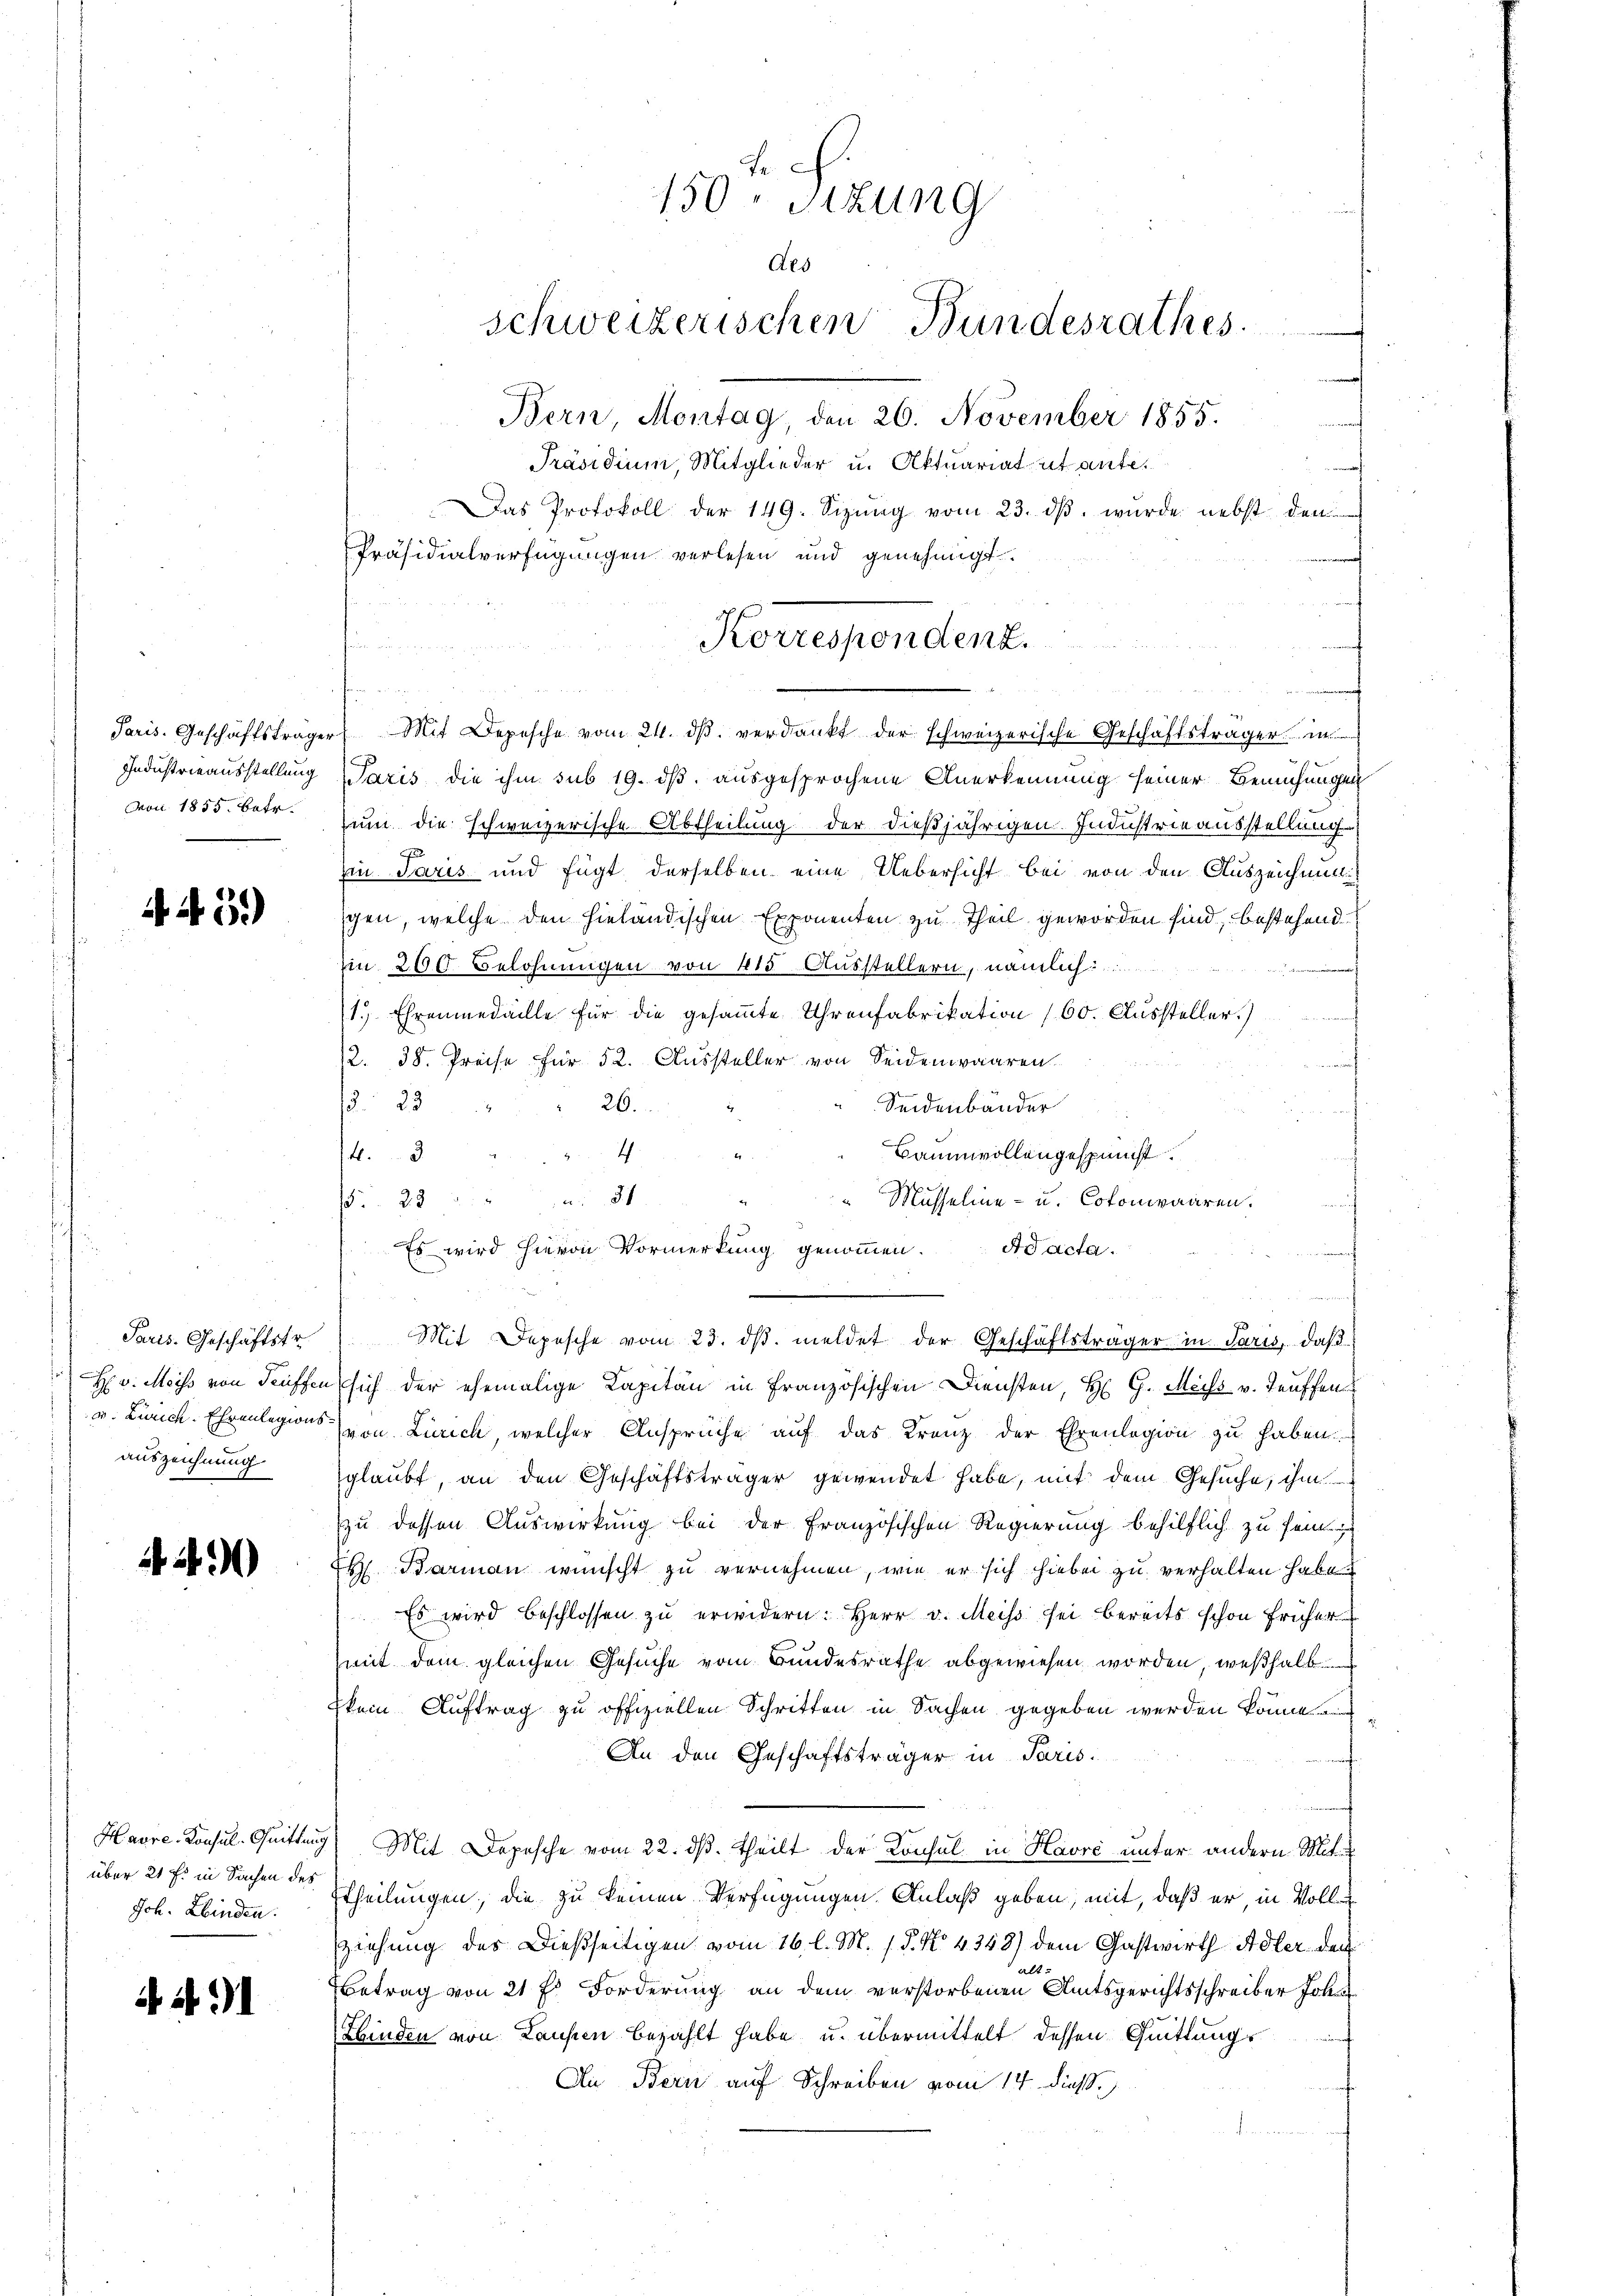
Paris. Geschäftsträge
Industrieausstellung
von 1855. betr.

N. 3.)

Paris. Geschäftstr.
H. v. Meiss von Teuffen
v. Zürich. Ehrenlegions
auszeichnung

2)

Havre-Konsul-Quittun
über 21 f. in Sachen des
Jch. Ebinden.

Ai 91

t
150. Sitzung
Als
schweizerischen Bundesrathes.
Bern, Montag, den 26. November 1855.
Präsidium, Mitglieder u. Aktuariatutante¬

Das Protokoll der 149. Sizŭng vom 23. dβ. wurde nebst den
Präsidialverfügungen verlesen und genehmigt.

Korrespondenz.

din un
Mit Depesche vom 24. ds. verdankt der schweizerische Geschäftsträger in
Paris die ihm sub 19. ds. ausgesprochene Anerkennung seiner Bemühungen
zum die schweizerische Abtheilung der dießjährigen. Industrieausstellung
Ein Paris und fügt derselben eine Uebersicht bei von den Auszeichnun
gen, welche den hinländischen Exponenten zu Theil geworden sind, bestehend
n 200 Belohnungen von 415 Ausstellern, nämlich
1.) Ehrenmedaille für die gesammte Uhrenfabrikation 160. Aussteller.)
12. 38. Preise für 52. Aussteller von Seidenwaaren
 23
26.
Seidenbänder
Baumwollengespunst.
4.3
2
Musseline- u. Cotoniwaaren.
 23 " " 31
sich der ehemalige Kapitän in Französischen Diensten, H. G. Meiss v. Teuffen
von Zürich, welcher Ansprüche auf das Kranz der Ehrenlegion zu haben.
sglaubt, an den Geschäftsträger gewendet habe, mit dem Gesuche, ihm
zu dessen Auswirkung bei der Französischen Regierung behilflich zu sein
s Barman wünscht zu vernehmen, wie er sich hiebei zu verhalten habe.
Es wird beschlossen zu erwidern: Herr v. Meiss sei bereits schon früher
mit dem gleichen Gesuche vom Bundesrathe abgewiesen worden, weßhalb
kein Auftrag zu offiziellen Schritten in Sachen gegeben werden könne und
An den Geschäftsträger in Paris.
Mit Depesche vom 22. dβ. theilt der Konsul in Havre unter andern Mit¬
Etheilungen, die zu keinen Verfügungen Anlaß geben, mit, daß er, in Voll
ziehung des Dießseitigen vom 16. l. M. s. S. N. 4343) dem Gastwirth Adler der
alt
Betrag von 21 f. Forderung an dem verstorbenen Amtsgerichtsschreiber Joha
Hinden von Laufen bezahlt habe u. übermittelt dessen Quittung
Au Bern auf Schreiben vom 14. dieß.

Es wird hievon Vormerkung genommen. Ad acta.

und ein der in er

und
Mit Depesche vom 23. dβ. meldet der Geschäftsträger in Paris, daß